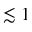
\lesssim 1